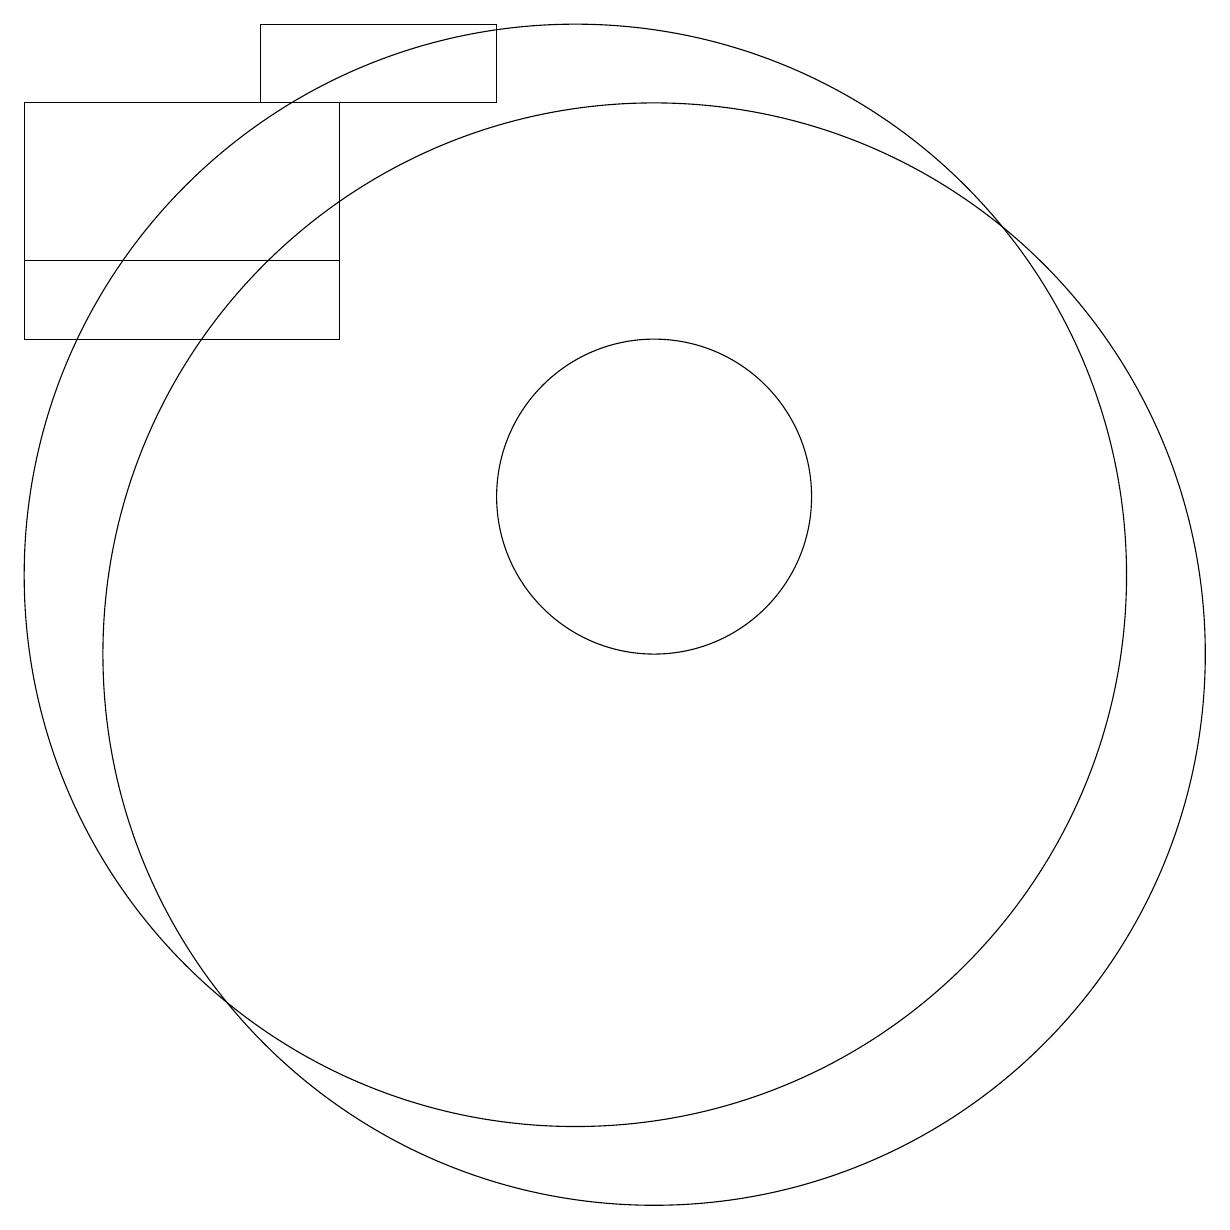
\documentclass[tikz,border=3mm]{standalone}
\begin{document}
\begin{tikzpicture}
\draw (11,10) circle (7);
\draw (11,12) circle (2);
\draw (6,17) rectangle (9,18);
\draw (3,14) rectangle (7,15);
\draw (10,11) circle (7);
\draw (3,17) rectangle (7,15);
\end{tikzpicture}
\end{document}